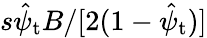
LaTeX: s\hat{\psi}_{\mathrm{t}}B/[2(1-\hat{\psi}_{\mathrm{t}})]